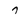
Character: 7